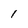
Character: I